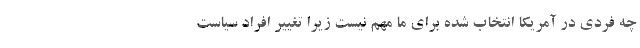
چه فردی در آمریکا انتخاب شده برای ما مهم نیست زیرا تغییر افراد سیاست